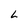
Character: L